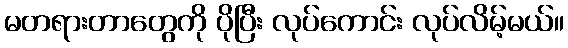
မတရားတာတွေကို ပိုပြီး လုပ်ကောင်း လုပ်လိမ့်မယ်။